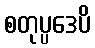
စတုပ္ပဒေပိ